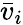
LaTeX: \bar{v}_{i}